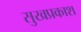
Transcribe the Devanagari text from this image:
सुखप्रकाश